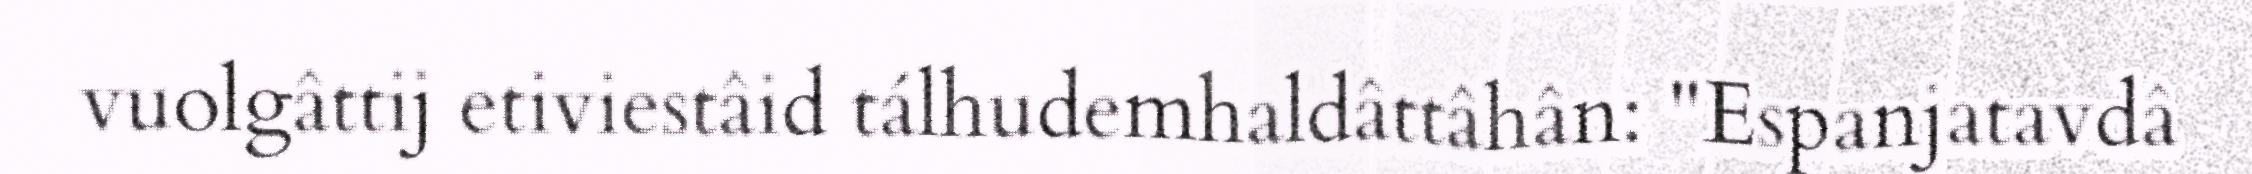
vuolgâttij etiviestâid tálhudemhaldâttâhân: "Espanjatavdâ